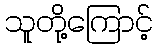
သူတို့ကြောင့်